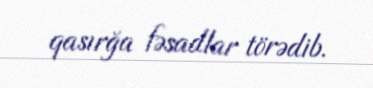
qasırğa fəsadlar törədib.